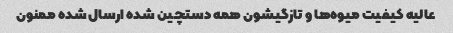
عالیه کیفیت میوه‌ها و تازگیشون همه دستچین شده ارسال شده ممنون